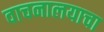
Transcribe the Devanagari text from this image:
वाचनालयाचा